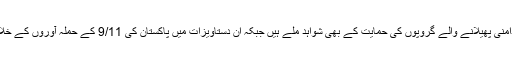
القاعدہ کی جانب سے پاکستان میں بدامنی پھیلانے والے گروپوں کی حمایت کے بھی شواہد ملے ہیں جبکہ ان دستاویزات میں پاکستان کی 9/11 کے حملہ آوروں کے خلاف کارروائیوں کا بھی ذکر ملتا ہے۔